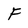
Character: F